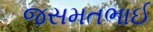
જસમતભાઈ